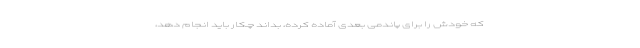
که خودش را برای پاندمی بعدی آماده کرده، بداند چکار باید انجام دهد،